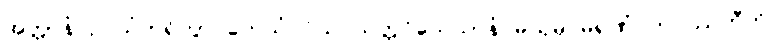
အတ္တာနံ ဥပသံဟရိတွာ တေသံ ဝိယ သတ္တဝိသေသာနံ မယှမ္ပိ မရဏံ ဘဝိဿတီတိ